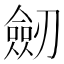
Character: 劒